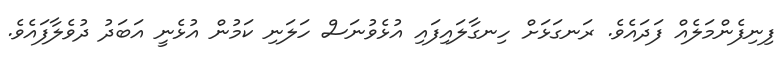
ފިނިފެންމަލެއް ފަދައެވެ. ރަނގަޅަށް ހިނގާލައިފައި އުޅެވުނަސް ހަލަނި ކަމުން އުޅެނީ އަބަދު ދުވެލާފައެވެ.